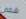
شخص